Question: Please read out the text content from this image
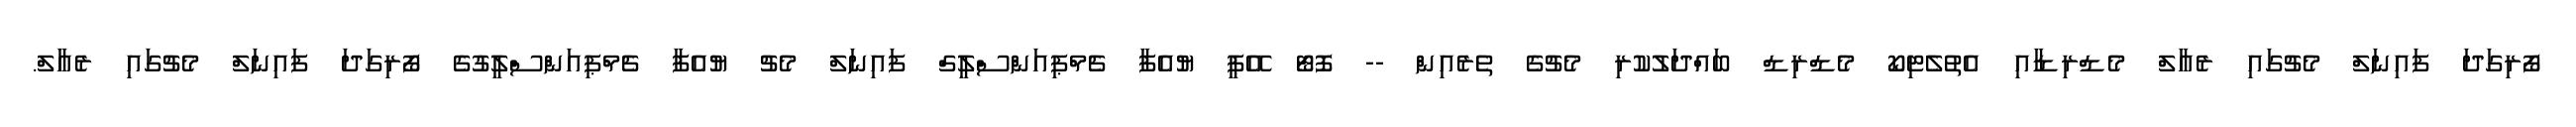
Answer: ފޯރިގަދަ ފައިނަލް މެޗުގައި ރެއާލް މެޑްރިޑާއި އެތުލެޓިކޯ މެޑްރިޑް ބައްދަލުކުރި މެޗުގެ ތެރެއިން -- ފޮޓޯ އޭޕީ ޔުއެފާ ޗެމްޕިއަންސްލީގް ފައިނަލް މެޗު ޔުއެފާ ޗެމްޕިއަންސްލީގުގެ ފޯރިގަދަ ފައިނަލް މެޗުގައި ރެއާލް.